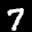
Label: 7